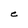
Character: C